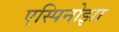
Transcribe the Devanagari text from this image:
एस्पिनोझा